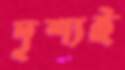
দৃশ্যই